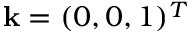
{ \mathbf k } = ( 0 , 0 , 1 ) ^ { T }